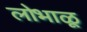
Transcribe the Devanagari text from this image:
लोभाळू